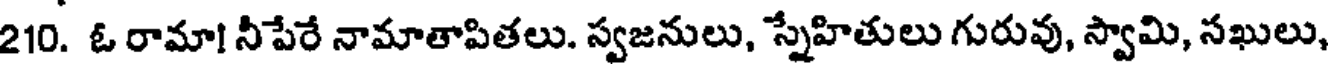
210. ఓ రామా! నీపేరే నామాతాపితలు. స్వజనులు, స్నేహితులు గురువు, స్వామి, సఖులు,